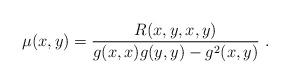
LaTeX: \begin{align*} \mu(x,y)=\frac{R(x, y, x, y)}{g(x, x)g(y, y)-g^{2}(x, y)}\ .\end{align*}